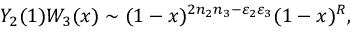
Y _ { 2 } ( 1 ) W _ { 3 } ( x ) \sim ( 1 - x ) ^ { 2 n _ { 2 } n _ { 3 } - \varepsilon _ { 2 } \varepsilon _ { 3 } } ( 1 - x ) ^ { R } ,